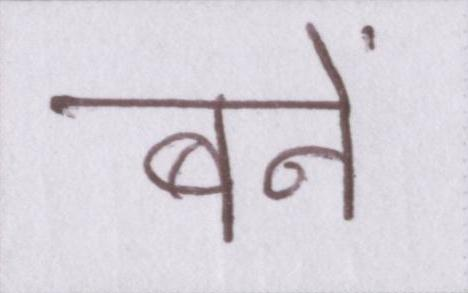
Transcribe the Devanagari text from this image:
बनें